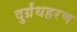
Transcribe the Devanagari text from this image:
दुर्ग्रंधहरण